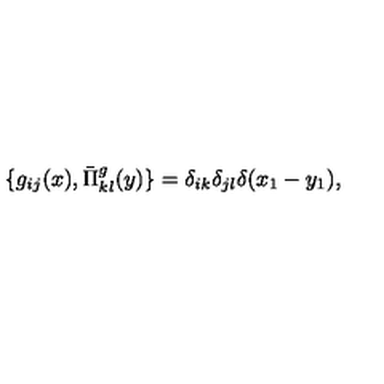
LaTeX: \{ g _ { i j } ( x ) , \bar { \Pi } _ { k l } ^ { g } ( y ) \} = \delta _ { i k } \delta _ { j l } \delta ( x _ { 1 } - y _ { 1 } ) ,